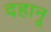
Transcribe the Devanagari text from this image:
दहानू